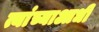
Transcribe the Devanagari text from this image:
त्यांच्याआधी